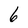
Character: 6